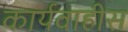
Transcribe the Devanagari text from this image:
कार्यवाहीस